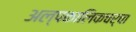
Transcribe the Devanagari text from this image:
अल्पकालिकचर्चा